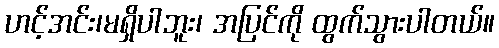
ဟင့်အင်း၊မရှိပါဘူး၊ အပြင်ကို ထွက်သွားပါတယ်။